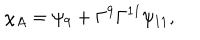
{ \chi _ { A } = \psi _ { 9 } + \Gamma ^ { 9 } \Gamma ^ { 1 1 } \psi _ { 1 1 } , }